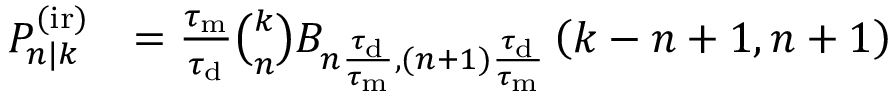
\begin{array} { r l } { P _ { n | k } ^ { \mathrm { ( i r ) } } } & { = \frac { \tau _ { \mathrm { m } } } { \tau _ { \mathrm { d } } } \binom { k } { n } B _ { n \frac { \tau _ { \mathrm { d } } } { \tau _ { \mathrm { m } } } , ( n + 1 ) \frac { \tau _ { \mathrm { d } } } { \tau _ { \mathrm { m } } } } \left( k - n + 1 , n + 1 \right) } \end{array}